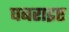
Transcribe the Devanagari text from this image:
घबराइए